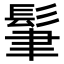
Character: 𩬶